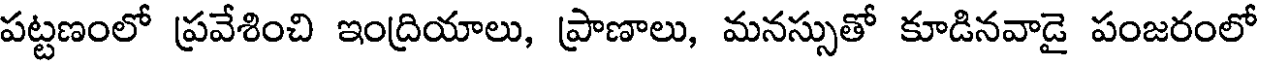
పట్టణంలో ప్రవేశించి ఇంద్రియాలు, ప్రాణాలు, మనస్సుతో కూడినవాడై పంజరంలో